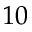
1 0